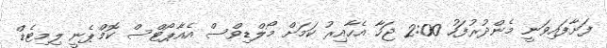
ފަށާފައިވަނީ މެންދުރުފަހު 2:00 ޖަހާ އެހާއިރު ކަމަށް މޯލްޑިވްސް އެއާޕޯޓްސް ކޮމްޕެނީ ލިމިޓެޑް